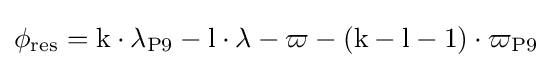
\phi _{\rm {res}}={\rm {k\cdot \lambda _{\rm {P9}}-{\rm {l\cdot \lambda -\varpi -({\rm {k-{\rm {l-1)\cdot \varpi _{\rm {P9}}}}}}}}}}